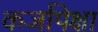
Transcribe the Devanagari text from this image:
कर्जापेक्षा